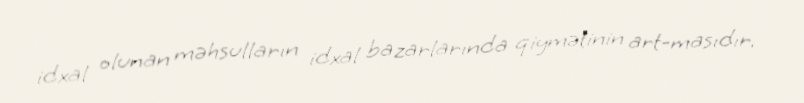
idxal olunan məhsulların idxal bazarlarında qiymətinin art­masıdır.